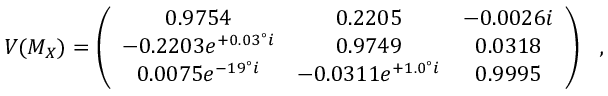
V ( M _ { X } ) = \left( \begin{array} { c c c } { { 0 . 9 7 5 4 } } & { { 0 . 2 2 0 5 } } & { { - 0 . 0 0 2 6 i } } \\ { { - 0 . 2 2 0 3 e ^ { + 0 . 0 3 ^ { \circ } i } } } & { { 0 . 9 7 4 9 } } & { { 0 . 0 3 1 8 } } \\ { { 0 . 0 0 7 5 e ^ { - 1 9 ^ { \circ } i } } } & { { - 0 . 0 3 1 1 e ^ { + 1 . 0 ^ { \circ } i } } } & { { 0 . 9 9 9 5 } } \end{array} \right) \ \ ,